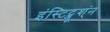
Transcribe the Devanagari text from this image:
इंस्टिट्ञूश्ंन